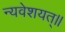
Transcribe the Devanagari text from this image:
न्यवेशयत्॥